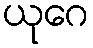
ယုဂေ